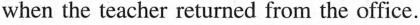
when the teacher returned from the office.